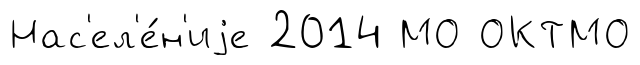
Нас'ел'е́н'иjе 2014 МО ОКТМО